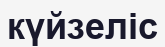
күйзеліс